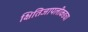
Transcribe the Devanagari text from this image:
क्षितिजापलीकडचा